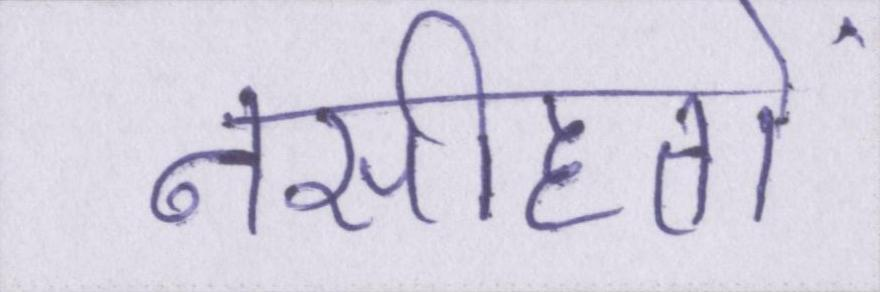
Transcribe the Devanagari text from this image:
नसीहतों